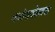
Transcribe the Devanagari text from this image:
कटोराखेलावा